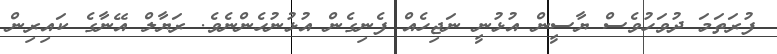
ފުރަތަމަ ދުވަހުވެސް ޔާސީން އުޅުނީ ނަޖިހެއް ފެނިގެން އުޅުނުހެންނެވެ. ރަޔާލް އޭނާގެ ކައިރިން